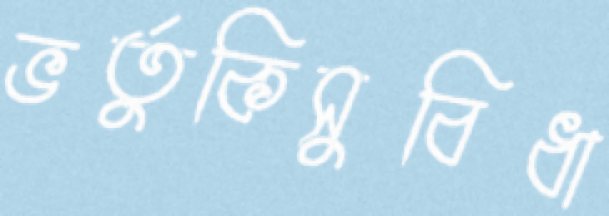
ভর্তুকিসুবিধা